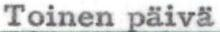
Toinen päivä